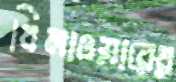
বিলাওয়ারের